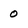
Character: o